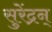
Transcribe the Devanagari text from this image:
सुरेंद्रन्